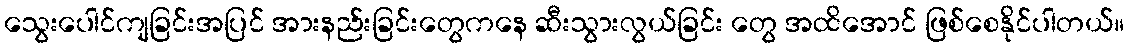
သွေးပေါင်ကျခြင်းအပြင် အားနည်းခြင်းတွေကနေ ဆီးသွားလွယ်ခြင်း တွေ အထိအောင် ဖြစ်စေနိုင်ပါတယ်။